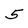
Character: 5